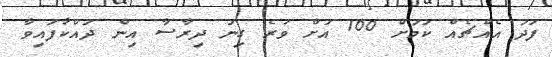
ފަދަ އެއްޗެއް ކަމަށް 100 އަށް ވުރެ ގިނަ ދިރާސާ އިން ދައްކާފައިވާ